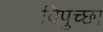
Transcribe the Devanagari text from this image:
विपुच्छा